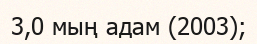
3,0 мың адам (2003);